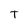
Character: T